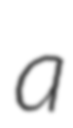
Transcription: a